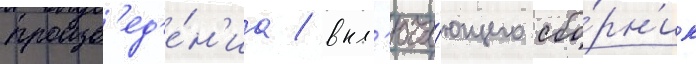
произв'ед'е́н'иа / вкл'юча́ющего сбо́рн'ик